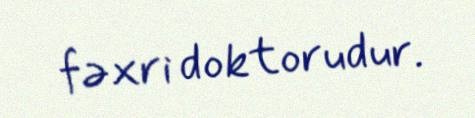
fəxri doktorudur.